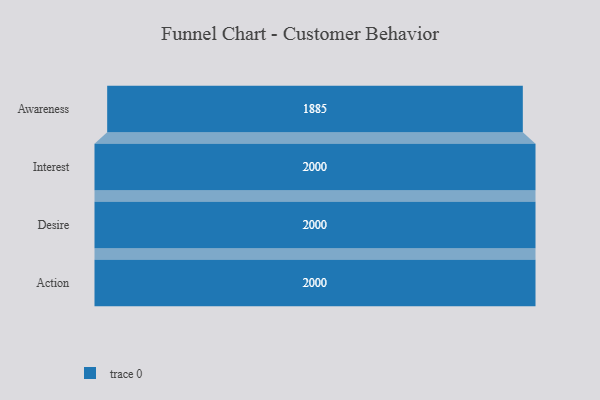
{"axis": {"x": "Stage", "y": "Value"}, "legend": [""], "data": [{"x": "Awareness", "y": 1885.0, "type": ""}, {"x": "Interest", "y": 2000, "type": ""}, {"x": "Desire", "y": 2000, "type": ""}, {"x": "Action", "y": 2000, "type": ""}]}